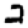
Digit: 2